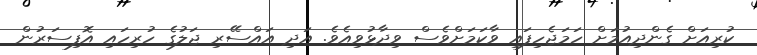
ކުރިއަށް ގެންދިއުމަށް ހަމަޖެހިފައި ވާކަމަށްވެސް ވިދާޅުވިއެވެ. އަދި އައްސޭރި ޖަލުގެ ހުރިހައި އޮފިސަރުން